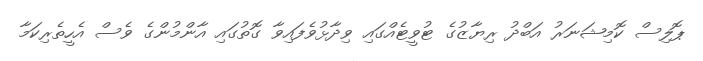
ޕޮލިސް ކޮމިޝަނަރު އަބްދު ރިޔާޒުގެ ޓުވީޓެއްގައި ވިދާޅުވެފައިވާ ގޮތުގައި އާންމުންގެ ވެސް އެހީތެރިކަމާ